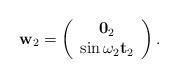
LaTeX: \begin{align*}\mathbf{w}_{2}=\left(\begin{array}{c}\mathbf{0}_{2}\\\sin\omega_{2}\mathbf{t}_{2}\end{array}\right).\end{align*}